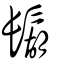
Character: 鬍